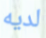
لديه